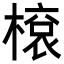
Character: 𬄓